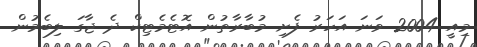
މިއީ 2004 ވަނަ އަހަރު ފެށި މުބާރާތުން އޮޓެމެޓިކް ދެ ޖާގަ ލިބެމުން